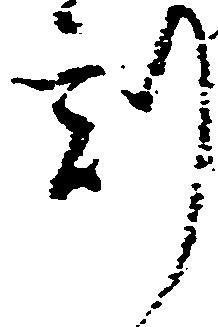
刻